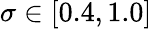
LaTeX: \sigma\in[0.4,1.0]